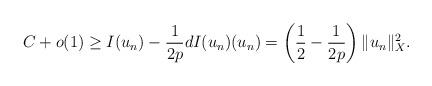
LaTeX: \begin{align*}C+o(1) \geq I(u_n)-\frac{1}{2p} dI(u_n)(u_n) = \left( \frac{1}{2} - \frac{1}{2p} \right) \|u_n\|_X^2.\end{align*}